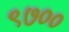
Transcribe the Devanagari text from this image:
९७००